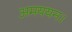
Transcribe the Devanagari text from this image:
अमययन।